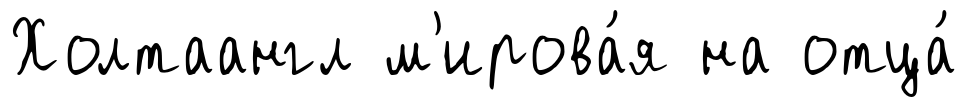
Холтаангл м'ирова́я на отца́